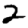
Digit: 2